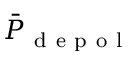
\bar { P } _ { \mathrm { ~ d ~ e ~ p ~ o ~ l ~ } }